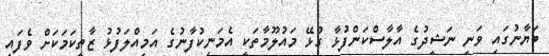
ބަޔާނުގައި ވަނީ ނަޝީދުގެ އާލާސްކަންފުޅާ ގުޅޭ މައުލޫމާތަކީ އެމަނިކުފާނުގެ އަމިއްލަފުޅު ޒާތީކަމަކަށް ވެފައި